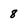
Character: 8